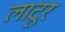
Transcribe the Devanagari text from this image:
लाटूर